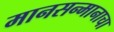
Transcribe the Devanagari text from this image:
मानसन्मानाचा